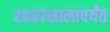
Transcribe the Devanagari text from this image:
२००७सालापर्यंत